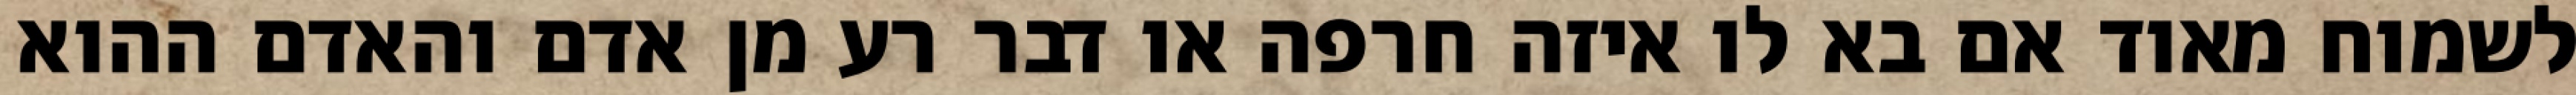
לשמוח מאוד אם בא לו איזה חרפה או דבר רע מן אדם והאדם ההוא